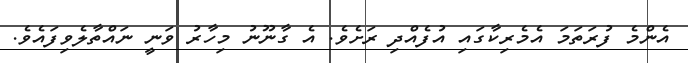
އެންމެ ފުރަތަމަ އެމެރިކާގައި އުފެއްދި ރަށެވެ. އެ ގާނޫނު މިހާރު ވަނީ ނައްތާލެވިފައެވެ.